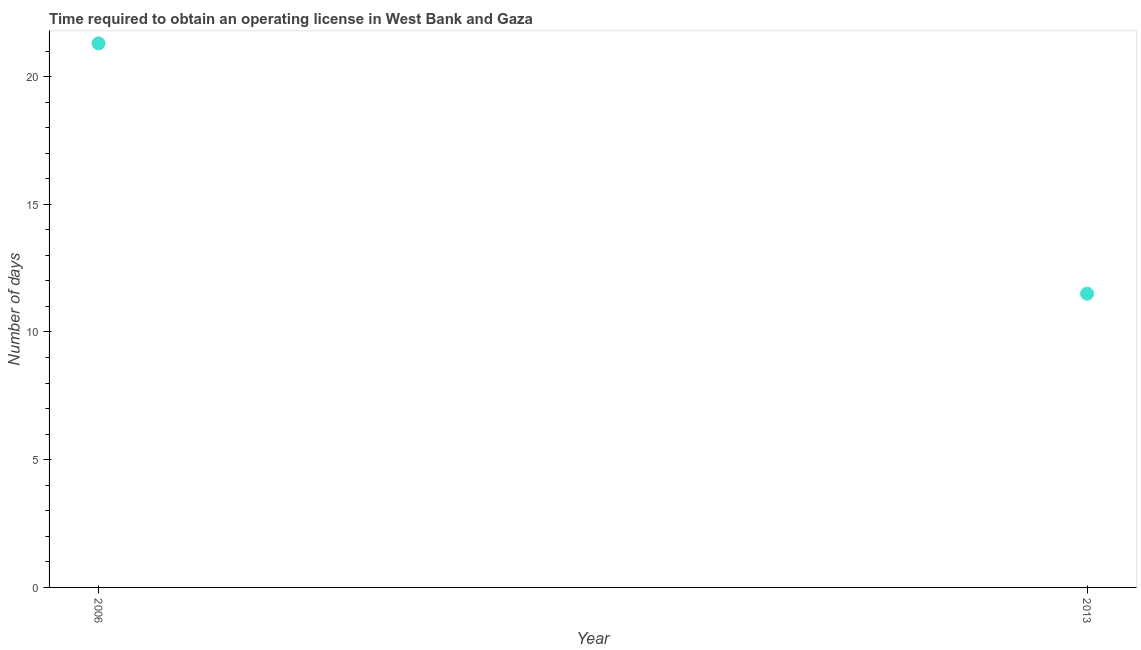
| Year | Obtain operating license |
 | --- | --- |
 | 2006 | 21.3 |
 | 2013 | 11.5 |